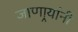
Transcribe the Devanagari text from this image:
जाणार्‍यांनी